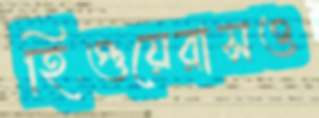
হিগুয়েরাসও